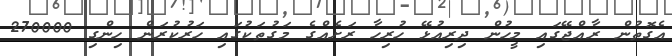
އެގޮތުން ރާއްޖޭގައި މީހުން ދިރިއުޅޭ ހުރިހާ ރަށެއްގެ މަގުތަކުގައި ހަރުކުރަން ހިންގި 270000